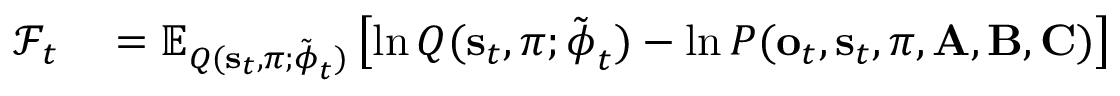
\begin{array} { r l } { \mathcal { F } _ { t } } & { { } = \mathbb { E } _ { Q ( \mathbf { s } _ { t } , \pi ; \tilde { \boldsymbol { \phi } } _ { t } ) } \left[ \ln Q ( \mathbf { s } _ { t } , \pi ; \tilde { \boldsymbol { \phi } } _ { t } ) - \ln P ( \mathbf { o } _ { t } , \mathbf { s } _ { t } , \pi , \mathbf { A } , \mathbf { B } , \mathbf { C } ) \right] } \end{array}